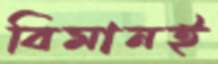
বিমানই